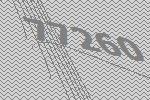
77260